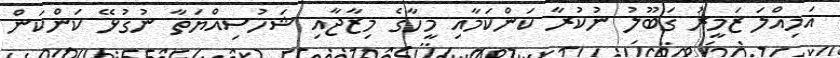
އަމިއްލަ ޒަމީރު ގަބޫލު ނުކުރާ ކަންކަމާއި މީހާގެ މިޒާޖާއި ޝަހުސިއްޔަތާ ނުގުޅޭ ކަންކަން